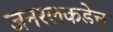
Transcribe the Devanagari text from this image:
जनरलकडेच